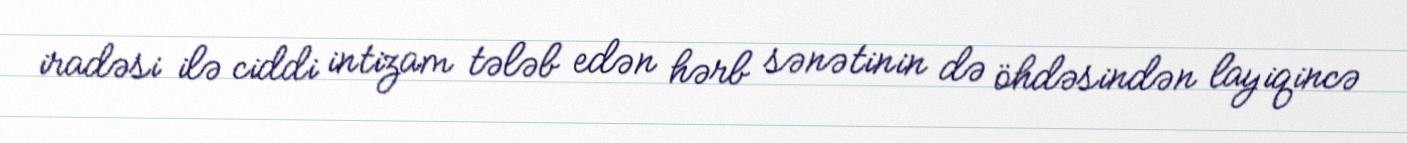
iradəsi ilə ciddi intizam tələb edən hərb sənətinin də öhdəsindən layiqincə